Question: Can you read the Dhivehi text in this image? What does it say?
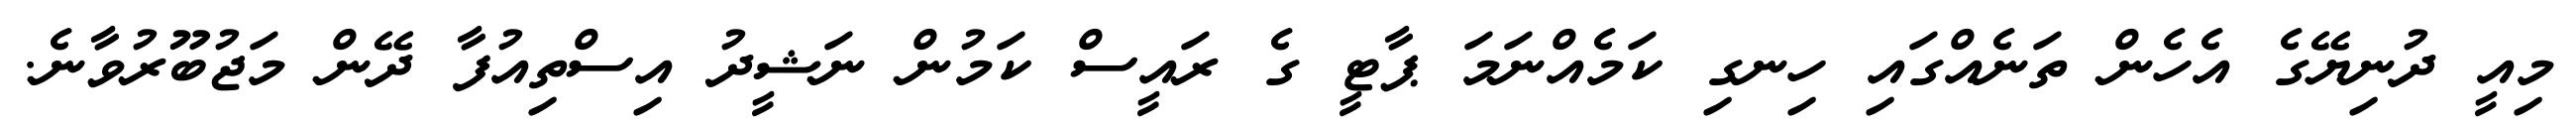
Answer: މިއީ ދުނިޔޭގެ އެހެން ތަނެއްގައި ހިނގި ކަމެއްނަމަ ޕާޓީ ގެ ރައީސް ކަމުން ނަޝީދު އިސްތިއުފާ ދޭން މަޖުބޫރުވާނެ.